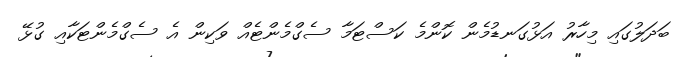
ބަދަލުގައި މިހާރު އަޅުގަނޑުމެން ކޮންމެ ކަސްޓަމާ ސެގްމެންޓެއް ވަކިން އެ ސެގްމެންޓަކާއި ގުޅޭ